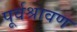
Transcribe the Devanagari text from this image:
पूर्वश्रावण